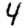
Digit: 4